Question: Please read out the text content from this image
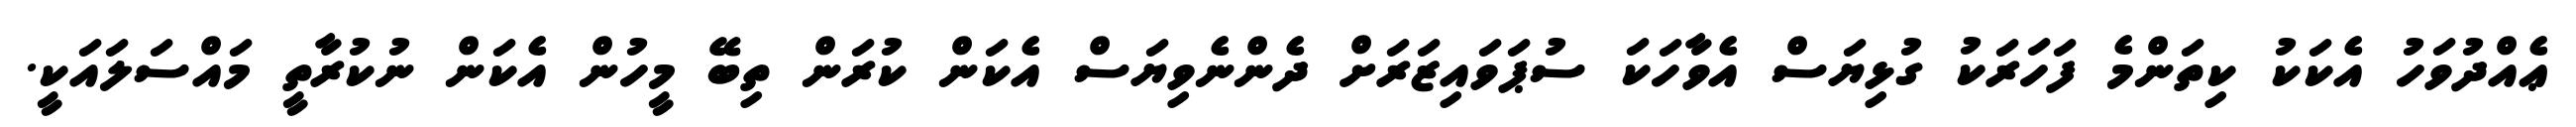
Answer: ޢެއްދުވަހު އެކަކު ކިތަންމެ ފަހަރަކު ގުޅިޔަސް އެވާހަކަ ސުޕަވައިޒަރަށް ދެންނެވިޔަސް އެކަން ކުރަން ތިބޭ މީހުން އެކަން ނުކުރާތީ މައްސަލައަކީ.